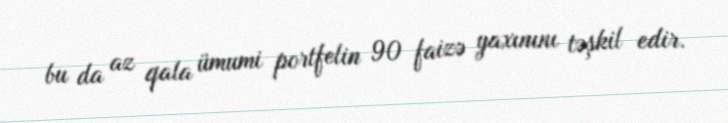
bu da az qala ümumi portfelin 90 faizə yaxınını təşkil edir.